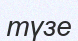
түзе